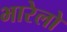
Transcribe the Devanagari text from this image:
भारेलो